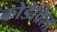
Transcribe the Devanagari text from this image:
कोडेविला